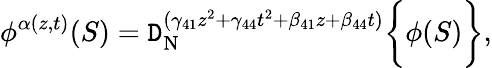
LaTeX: \phi^{\alpha(z,t)}(S)=\mathtt{D}_{\mathrm{{N}}}^{(\gamma_{41}z^{2}+\gamma_{44}t^{2}+\beta_{41}z+\beta_{44}t)}\bigg\{ {\phi(S)\bigg\} },